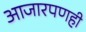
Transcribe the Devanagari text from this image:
आजारपणही